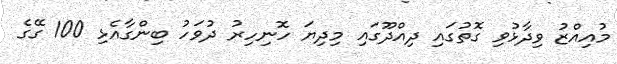
މުއިއްޒު ވިދާޅުވި ގޮތުގައި ދިއްދޫގައި މިދިޔަ ހޮނިހިރު ދުވަހު ބިންގާއެޅި 100 ގޭގެ